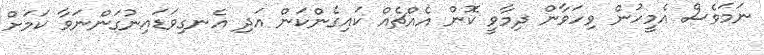
ނަމަވެސް އެމީހުން ވިހަވާން ދިމާވީ ކޮން އެއްޗެއް ކައިގެންކަން އަދި އެނގިވަޑައިނުގަންނަވާ ކަމަށް